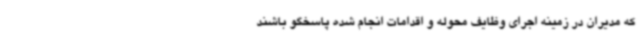
که مدیران در زمینه اجرای وظایف محوله و اقدامات انجام شده پاسخگو باشند